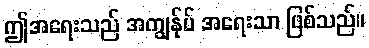
ဤအရေးသည် အကျွန်ုပ် အရေးသာ ဖြစ်သည်။